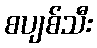
စပျစ်သီး